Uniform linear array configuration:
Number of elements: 8
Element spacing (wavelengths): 0.5
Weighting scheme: hann
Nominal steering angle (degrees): -45
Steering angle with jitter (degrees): -45.793
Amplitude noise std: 0.05
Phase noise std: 0.05

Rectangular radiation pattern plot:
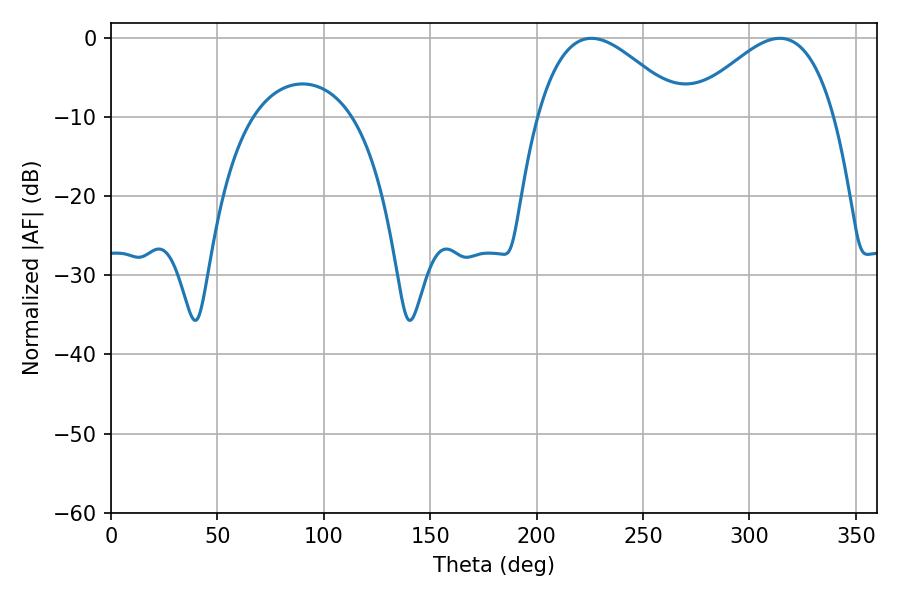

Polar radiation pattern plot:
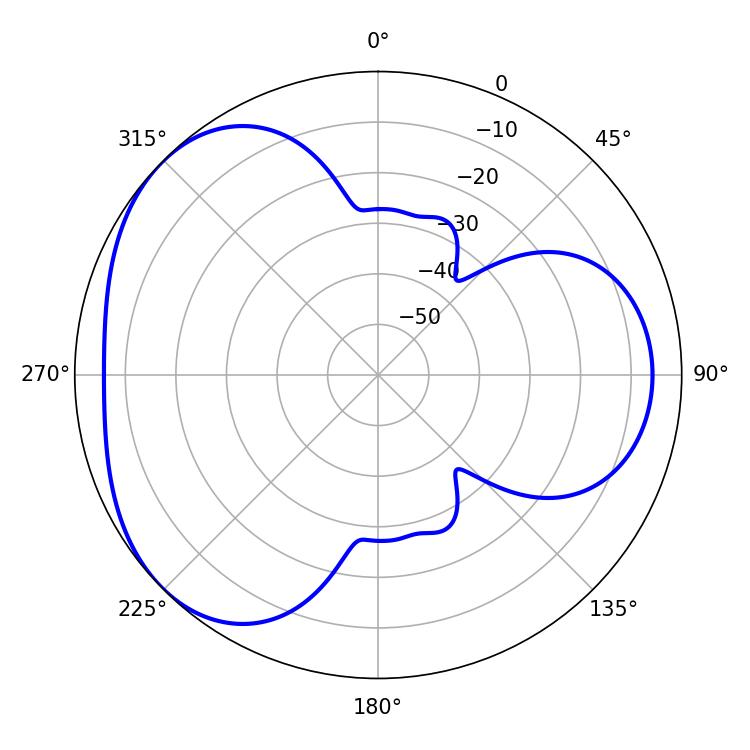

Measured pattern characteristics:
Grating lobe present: FALSE
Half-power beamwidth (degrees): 36.9
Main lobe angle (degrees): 225.72